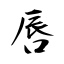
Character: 唇